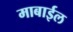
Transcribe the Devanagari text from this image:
माबाईल